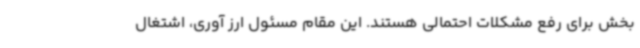
بخش برای رفع مشکلات احتمالی هستند. این مقام مسئول ارز آوری، اشتغال